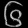
Digit: ၆